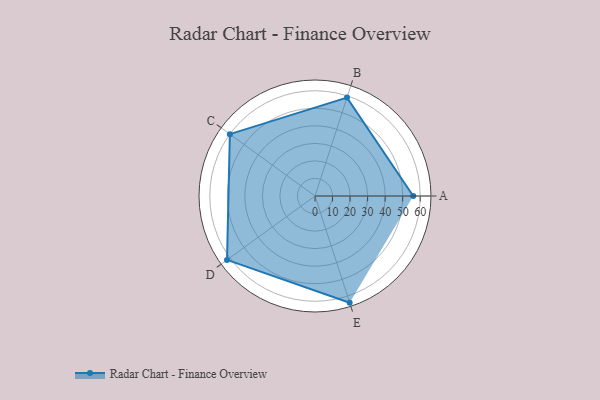
{"axis": {"x": "Skill", "y": "Score"}, "legend": ["Profile"], "data": [{"x": "A", "y": 56.0, "type": "Profile"}, {"x": "B", "y": 59.0, "type": "Profile"}, {"x": "C", "y": 60.0, "type": "Profile"}, {"x": "D", "y": 62.0, "type": "Profile"}, {"x": "E", "y": 64.0, "type": "Profile"}]}